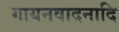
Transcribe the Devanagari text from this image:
गायनवादनादि